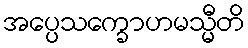
အပ္ပေသက္ခောဟမသ္မီတိ